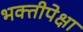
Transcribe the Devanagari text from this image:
भक्तीपेक्षा